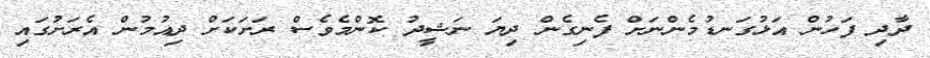
ދާދި ފަހުން އަޅުގަނޑުމެންނަށް ފެނިގެން ދިޔަ ނަޝީދު ކޮންމެވެސް ރަށަކަށް ދިއުމުން އެރަށުގައި